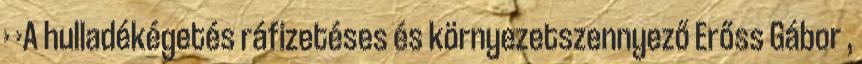
› ›A hulladékégetés ráfizetéses és környezetszennyező Erőss Gábor ,